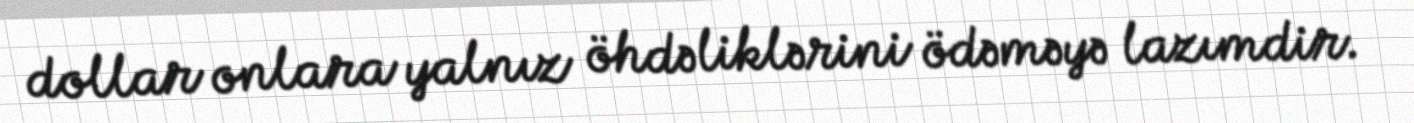
dollar onlara yalnız öhdəliklərini ödəməyə lazımdir.